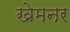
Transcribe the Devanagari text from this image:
खेमनर